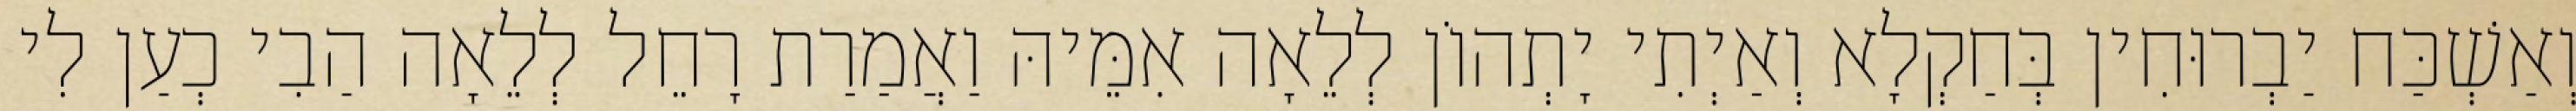
וְאַשְׁכַּח יַבְרוּחִין בְּחַקְלָא וְאַיְתִי יָתְהוֹן לְלֵאָה אִמֵּיהּ וַאֲמַרַת רָחֵל לְלֵאָה הַבִי כְעַן לִי